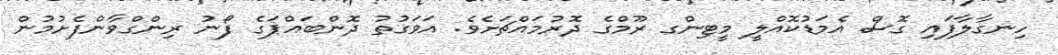
ހިނގާލާފައި ގޮސް އެމަޑުކޮއްލީ މީޓިންގ ރޫމްގެ ދޮރުމައްޗަށެވެ. އަވަގުތު ދޮންބައްޕަގެ ފޯނު ރިންގްވާންފެށުމުން